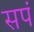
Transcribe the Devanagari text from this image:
सपं